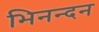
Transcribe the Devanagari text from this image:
भिनन्दन